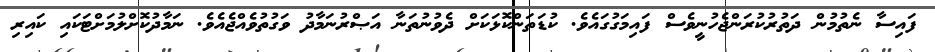
ފައިސާ ނެތުމުން ދަތުރުކުރަންޖެހުނީވެސް ފައިމަގުގައެވެ. ކުޑަތަންކޮޅަކަށް ދެވުނުތަނާ އަޞްރުނަމާދު ވަގުތުވެއްޖެއެވެ. ނަމާދުކޮށްލުމަށްޓަކައި ކައިރި